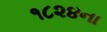
૧૮૨૪ના